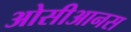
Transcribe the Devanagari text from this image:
ओसीआनस